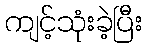
ကျင့်သုံးခဲ့ပြီး